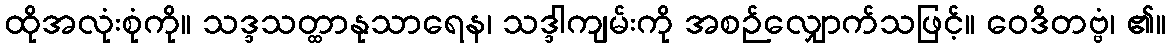
ထိုအလုံးစုံကို။ သဒ္ဒသတ္ထာနုသာရေန၊ သဒ္ဒါကျမ်းကို အစဉ်လျှောက်သဖြင့်။ ဝေဒိတဗ္ဗံ၊ ၏။